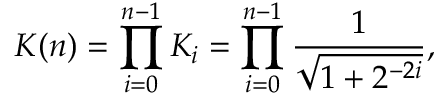
K ( n ) = \prod _ { i = 0 } ^ { n - 1 } K _ { i } = \prod _ { i = 0 } ^ { n - 1 } { \frac { 1 } { \sqrt { 1 + 2 ^ { - 2 i } } } } ,